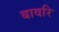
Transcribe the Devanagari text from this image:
बावरि